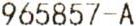
965857-A